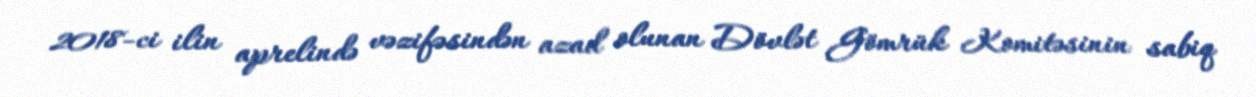
2018-ci ilin aprelində vəzifəsindən azad olunan Dövlət Gömrük Komitəsinin sabiq